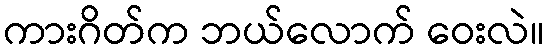
ကားဂိတ်က ဘယ်လောက် ဝေးလဲ။